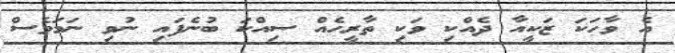
އެ ވާހަކަ ޒަކީއާ ދެއްކި ވަކި ތާރީހެއް ސިއްކަ ބުނެފައި ނުވި ނަމަވެސް